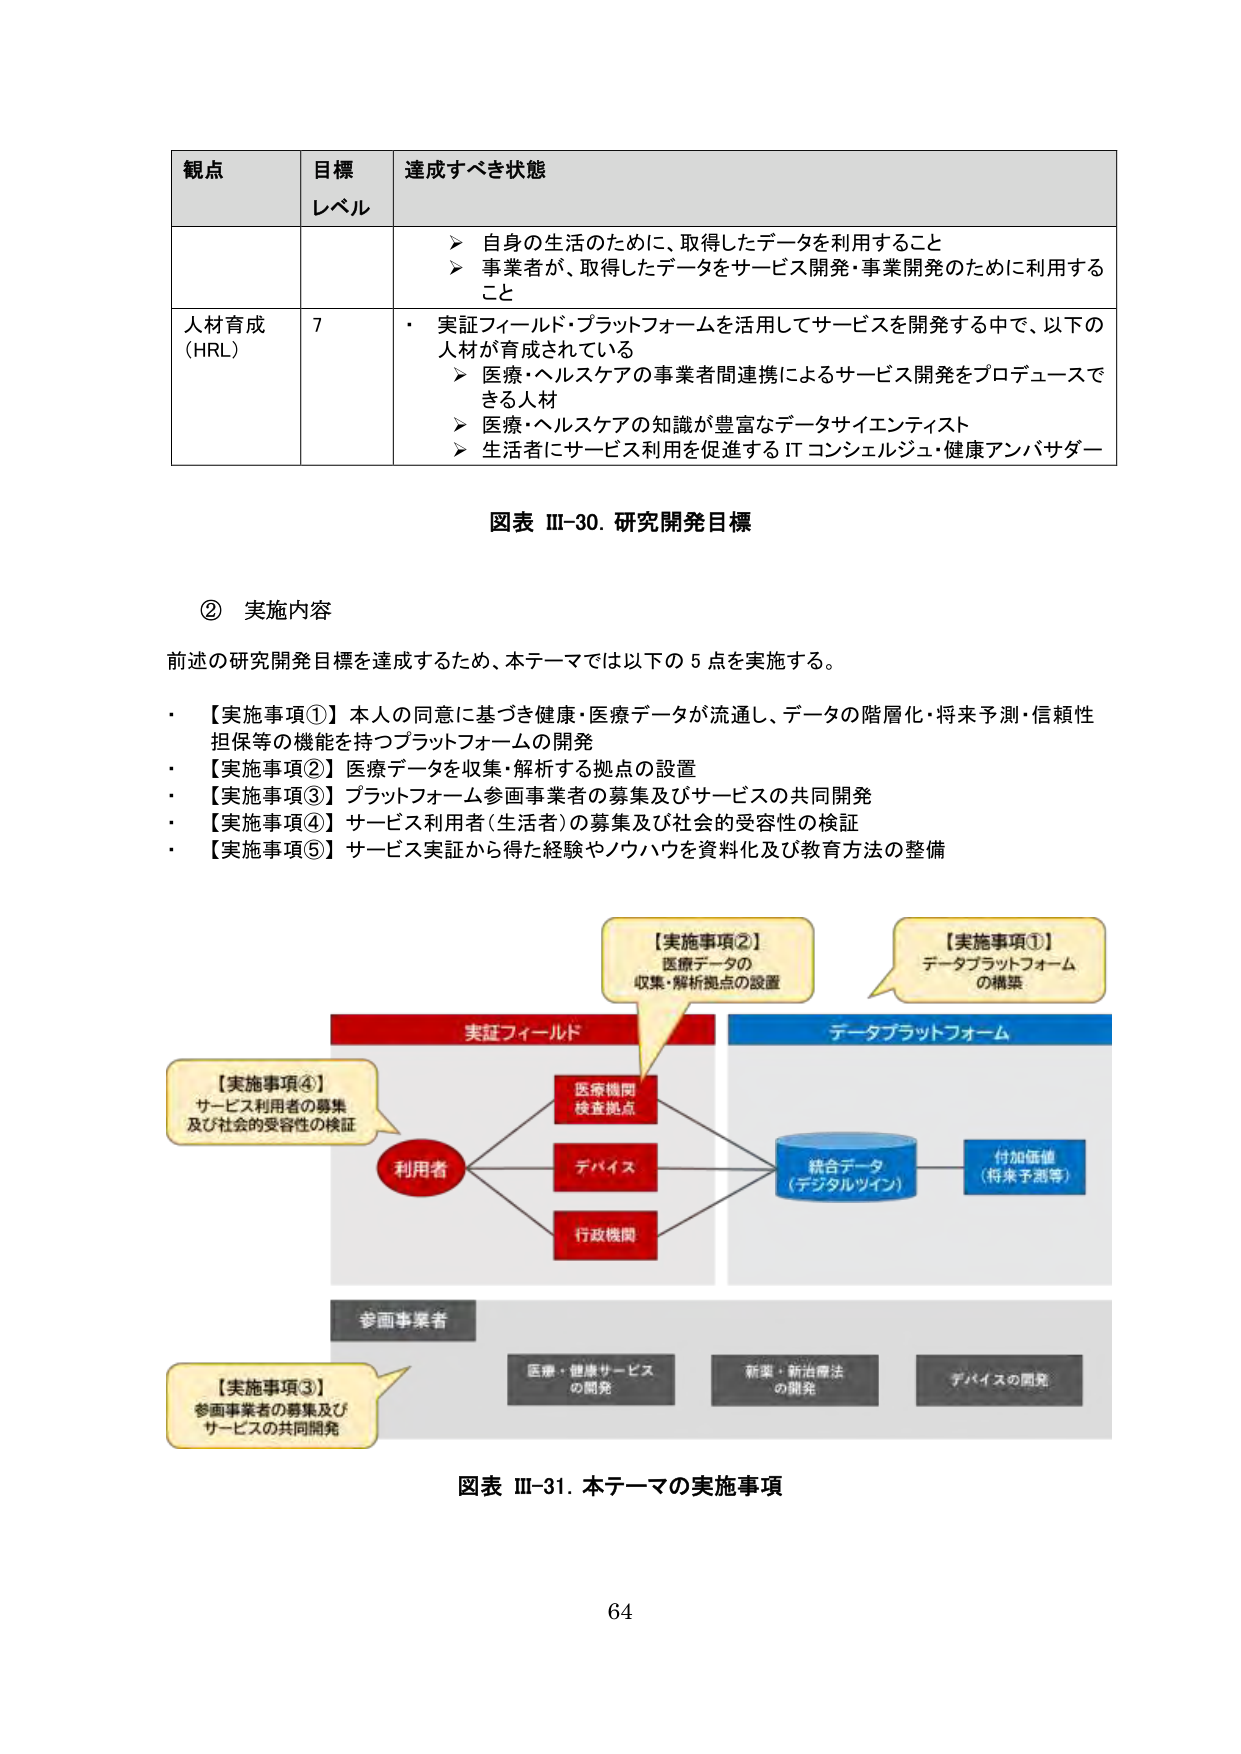
観点 目標 レベル 達成すべき状態
自身の生活のために、取得したデータを利用すること
事業者が、取得したデータをサービス開発・事業開発のために利用すること
人材育成 (HRL) 7
・ 実証フィールド・プラットフォームを活用してサービスを開発する中で、以下の 人材が育成されている
➤ 医療・ヘルスケアの事業者間連携によるサービス開発をプロデュースで きる人材
➤ 医療・ヘルスケアの知識が豊富なデータサイエンティスト
➤ 生活者にサービス利用を促進する IT コンシェルジュ・健康アンバサダー

図表 III-30. 研究開発目標

② 実施内容
前述の研究開発目標を達成するため、本テーマでは以下の 5 点を実施する。
・ 【実施事項①】本人の同意に基づき健康・医療データが流通し、データの階層化・将来予測・信頼性 担保等の機能を持つプラットフォームの開発
・ 【実施事項②】医療データを収集・解析する拠点の設置
・ 【実施事項③】プラットフォーム参画事業者の募集及びサービスの共同開発
・ 【実施事項④】サービス利用者(生活者)の募集及び社会的受容性の検証
・ 【実施事項⑤】サービス実証から得た経験やノウハウを資料化及び教育方法の整備

【実施事項②】
医療データの
収集・解析拠点の設置

【実施事項①】
データプラットフォーム
の構築

実証フィールド
データプラットフォーム

【実施事項④】
サービス利用者の募集
及び社会的受容性の検証

利用者
医療機関
検査拠点
デバイス
行政機関

統合データ
(デジタルツイン)

付加価値
(将来予測等)

参画事業者

【実施事項③】
参画事業者の募集及び
サービスの共同開発

医療・健康サービス
の開発
新薬・新治療法
の開発
デバイスの開発

図表 III-31. 本テーマの実施事項

64